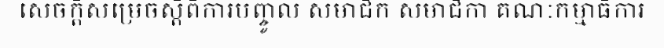
សេចក្តីសម្រេចស្តីពីការបញ្ចូល សមាជិក សមាជិកា គណៈកម្មាធិការ